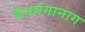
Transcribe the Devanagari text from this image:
वैनगंगानाग